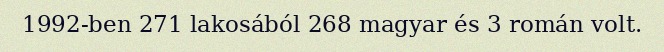
1992-ben 271 lakosából 268 magyar és 3 román volt.